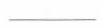
___